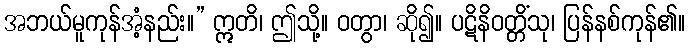
အဘယ်မူကုန်အံ့နည်း။” ဣတိ၊ ဤသို့။ ဝတွာ၊ ဆို၍။ ပဋိနိဝတ္တိံသု၊ ပြန်နစ်ကုန်၏။